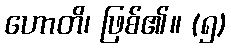
ဟောတိ၊ ဖြစ်၏။ (၅)